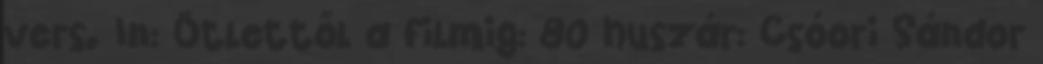
vers. In: Ötlettől a filmig: 80 huszár: Csóori Sándor